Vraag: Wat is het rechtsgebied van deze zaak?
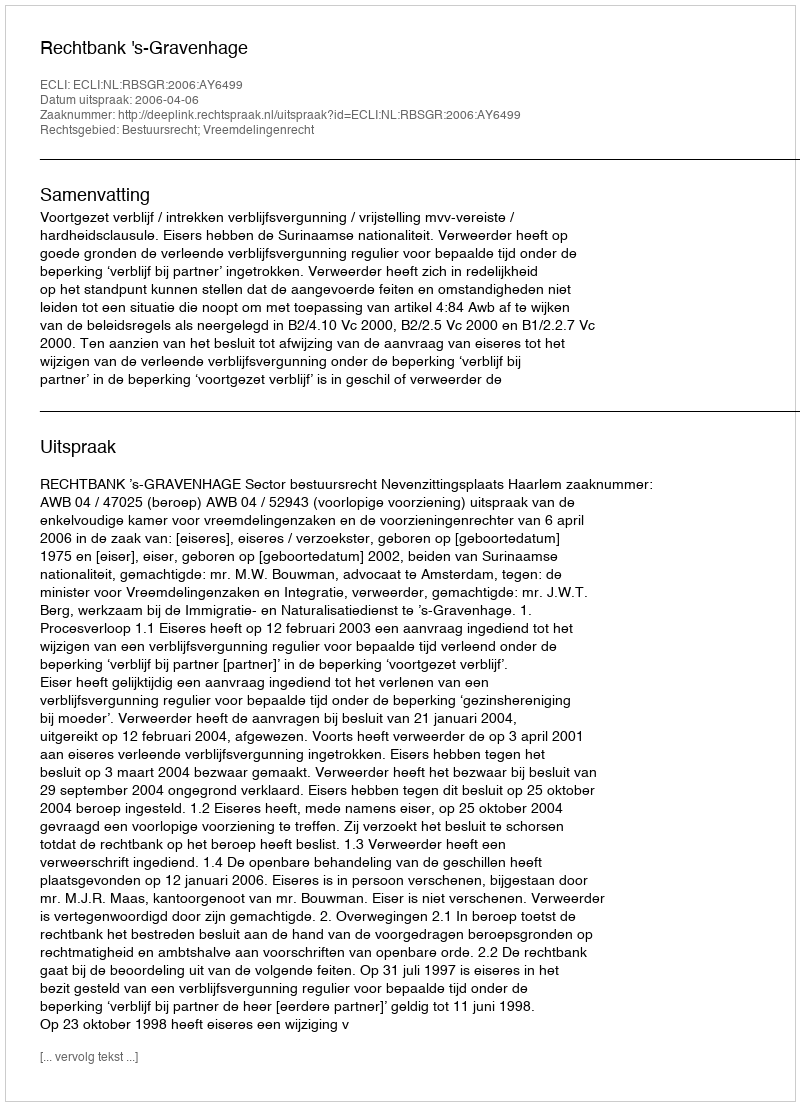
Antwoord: Bestuursrecht; Vreemdelingenrecht